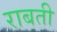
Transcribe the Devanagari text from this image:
राबती